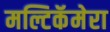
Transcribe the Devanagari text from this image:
मल्टिकॅमेरा